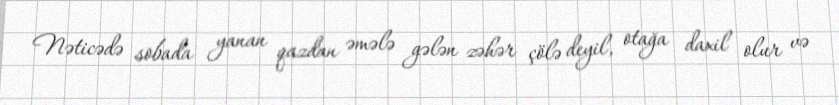
Nəticədə sobada yanan qazdan əmələ gələn zəhər çölə deyil, otağa daxil olur və